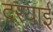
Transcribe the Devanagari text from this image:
दरयाई